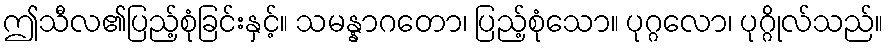
ဤသီလ၏ပြည့်စုံခြင်းနှင့်။ သမန္နာဂတော၊ ပြည့်စုံသော။ ပုဂ္ဂလော၊ ပုဂ္ဂိုလ်သည်။